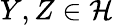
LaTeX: Y,Z\in{\mathcal{H}}